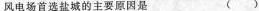
风电场首选盐城的主要原因是 ()